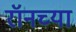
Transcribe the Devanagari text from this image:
रॉनच्या